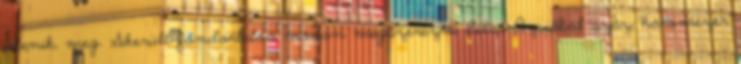
jelenik, meg. Sikerült fondorlatos módon megszerezni Belső-Ázsiából száz, háromezer